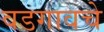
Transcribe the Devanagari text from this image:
वडगावचे